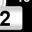
Digit: 2